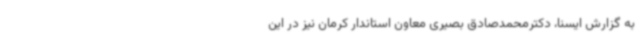
به گزارش ایسنا، دکترمحمدصادق بصیری معاون استاندار کرمان نیز در این